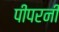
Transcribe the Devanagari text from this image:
पीपरनी